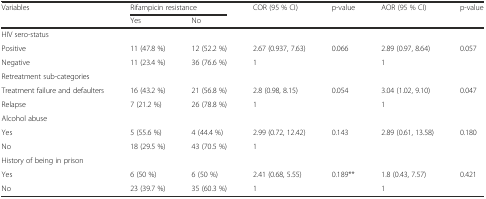
<table><thead><tr><td><b>Variables</b></td><td colspan="2"><b>Rifampicin resistance</b></td><td><b>COR (95 % CI)</b></td><td><b>p-value</b></td><td><b>AOR (95 % CI)</b></td><td><b>p-value</b></td></tr><tr><td></td><td><b>Yes</b></td><td><b>No</b></td><td></td><td></td><td></td><td></td></tr></thead><tbody><tr><td colspan="7">HIV sero-status</td></tr><tr><td>Positive</td><td>11 (47.8 %)</td><td>12 (52.2 %)</td><td>2.67 (0.937, 7.63)</td><td>0.066</td><td>2.89 (0.97, 8.64)</td><td>0.057</td></tr><tr><td>Negative</td><td>11 (23.4 %)</td><td>36 (76.6 %)</td><td>1</td><td></td><td>1</td><td></td></tr><tr><td colspan="7">Retreatment sub-categories</td></tr><tr><td>Treatment failure and defaulters</td><td>16 (43.2 %)</td><td>21 (56.8 %)</td><td>2.8 (0.98, 8.15)</td><td>0.054</td><td>3.04 (1.02, 9.10)</td><td>0.047</td></tr><tr><td>Relapse</td><td>7 (21.2 %)</td><td>26 (78.8 %)</td><td>1</td><td></td><td>1</td><td></td></tr><tr><td colspan="7">Alcohol abuse</td></tr><tr><td>Yes</td><td>5 (55.6 %)</td><td>4 (44.4 %)</td><td>2.99 (0.72, 12.42)</td><td>0.143</td><td>2.89 (0.61, 13.58)</td><td>0.180</td></tr><tr><td>No</td><td>18 (29.5 %)</td><td>43 (70.5 %)</td><td>1</td><td></td><td></td><td></td></tr><tr><td colspan="7">History of being in prison</td></tr><tr><td>Yes</td><td>6 (50 %)</td><td>6 (50 %)</td><td>2.41 (0.68, 5.55)</td><td>0.189**</td><td>1.8 (0.43, 7.57)</td><td>0.421</td></tr><tr><td>No</td><td>23 (39.7 %)</td><td>35 (60.3 %)</td><td>1</td><td></td><td>1</td><td></td></tr></tbody></table>